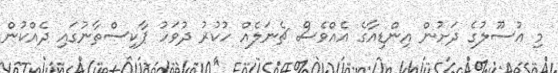
މި އުސޫލުގެ ދަށުން އިންޑިއާގެ އެއްވެސް ޗެނަލެއް ހުކުރު ދުވަހު ޕާކިސްތާނުގައި ދެއްކުން